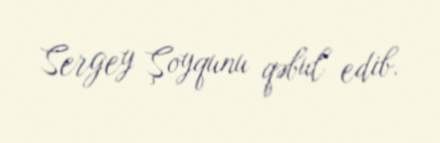
Sergey Şoyqunu qəbul edib.